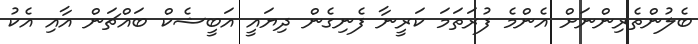
ބެލުންތެރިންނަށް އެންމެ ފުރަތަމަ ކަރީނާ ފެނިގެން ދިޔައީ އަބީޝެކް ބައްޗަން އާއި އެކު